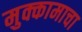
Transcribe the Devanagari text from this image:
मुक्कामाचा